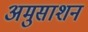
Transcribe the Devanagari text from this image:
अमुसाशन